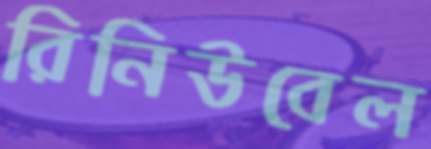
রিনিউবেল